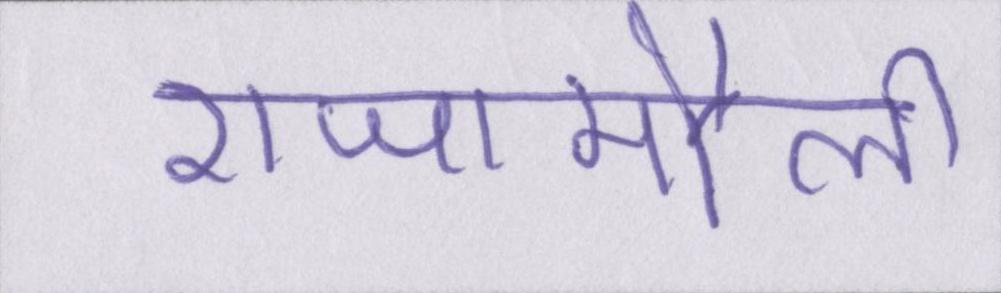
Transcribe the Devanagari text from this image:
राजामौली